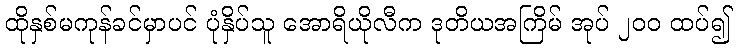
ထိုနှစ်မကုန်ခင်မှာပင် ပုံနှိပ်သူ အောရိယိုလီက ဒုတိယအကြိမ် အုပ် ၂၀၀ ထပ်၍